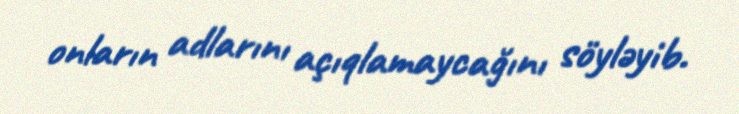
onların adlarını açıqlamaycağını söyləyib.